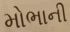
મોભાની